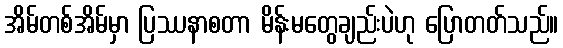
အိမ်တစ်အိမ်မှာ ပြဿနာစတာ မိန်းမတွေချည်းပဲဟု ပြောတတ်သည်။